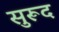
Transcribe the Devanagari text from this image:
सुरूद